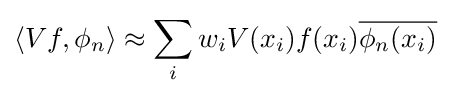
\langle Vf,\phi _{n}\rangle \approx \sum _{i}w_{i}V(x_{i})f(x_{i}){\overline {\phi _{n}(x_{i})}}